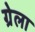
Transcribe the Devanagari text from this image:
ग्रेला